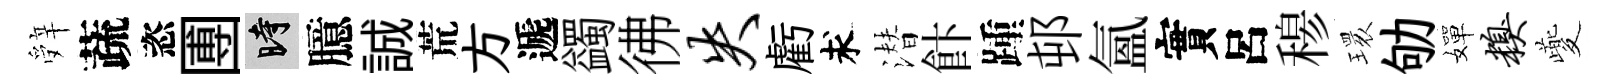
辤蔬恣圑时臆誠荒方遞蠲彿失虧求潜飰踵邨氳實呂𥠇𤨔劬嬋糗夔